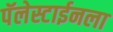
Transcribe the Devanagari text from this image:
पॅलेस्टाईनला